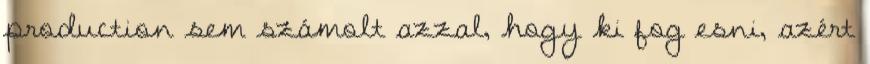
production sem számolt azzal, hogy ki fog esni, azért